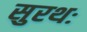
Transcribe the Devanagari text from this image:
सुरथः